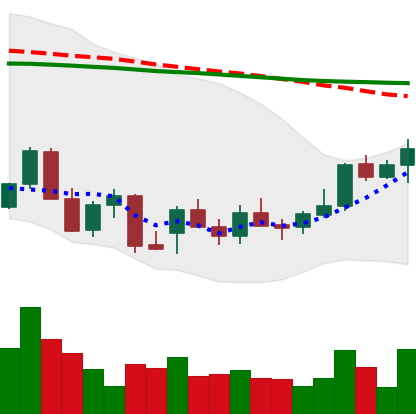
Ticker: LINK-USD
Chart end date: 2021-12-26
Forward return: -14.852%
Label: down_7plus